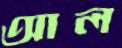
আল